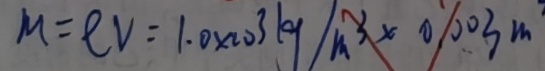
m = e v = 1 . 0 \times 1 0 ^ { 3 } k g / m ^ { 3 } \times 0 \% 0 3 m